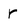
Character: r